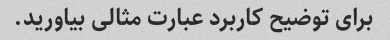
برای توضیح کاربرد عبارت مثالی بیاورید.